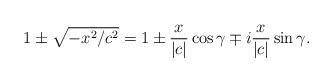
LaTeX: \begin{align*}1\pm\sqrt{-x^2/c^2}=1\pm\frac{x}{|c|}\cos\gamma\mp i\frac{x}{|c|}\sin\gamma.\end{align*}